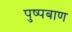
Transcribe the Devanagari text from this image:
पुष्पबाण